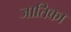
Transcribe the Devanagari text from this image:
जातिका